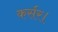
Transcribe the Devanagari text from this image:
कर्सर।